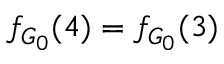
f _ { G _ { 0 } } ( 4 ) = f _ { G _ { 0 } } ( 3 )